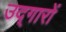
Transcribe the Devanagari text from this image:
उद्‌गारों